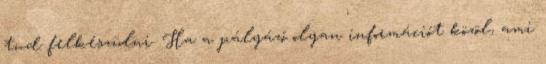
tud felkészülni. Ha a pályázó olyan információt közöl, ami